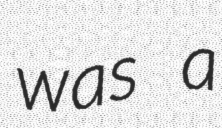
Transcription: was a